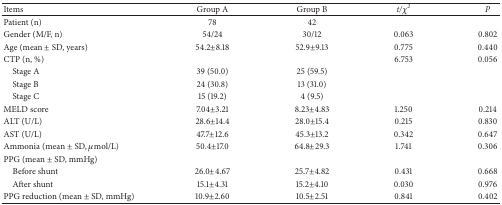
<table><thead><tr><td><b>Items</b></td><td><b>Group A</b></td><td><b>Group B</b></td><td><b><i>t/χ</i><sup><i>2</i></sup></b></td><td><b><i>P</i></b></td></tr></thead><tbody><tr><td>Patient (n)</td><td>78</td><td>42</td><td> </td><td> </td></tr><tr><td>Gender (M/F, n)</td><td>54/24</td><td>30/12</td><td>0.063</td><td>0.802</td></tr><tr><td>Age (mean ± SD, years)</td><td>54.2±8.18</td><td>52.9±9.13</td><td>0.775</td><td>0.440</td></tr><tr><td>CTP (n, %)</td><td> </td><td> </td><td>6.753</td><td>0.056</td></tr><tr><td> Stage A</td><td>39 (50.0)</td><td>25 (59.5)</td><td> </td><td> </td></tr><tr><td> Stage B</td><td>24 (30.8)</td><td>13 (31.0)</td><td> </td><td> </td></tr><tr><td> Stage C</td><td>15 (19.2)</td><td>4 (9.5)</td><td> </td><td> </td></tr><tr><td>MELD score</td><td>7.04±3.21</td><td>8.23±4.83</td><td>1.250</td><td>0.214</td></tr><tr><td>ALT (U/L)</td><td>28.6±14.4</td><td>28.0±15.4</td><td>0.215</td><td>0.830</td></tr><tr><td>AST (U/L)</td><td>47.7±12.6</td><td>45.3±13.2</td><td>0.342</td><td>0.647</td></tr><tr><td>Ammonia (mean ± SD, <i>μ</i>mol/L)</td><td>50.4±17.0</td><td>64.8±29.3</td><td>1.741</td><td>0.306</td></tr><tr><td>PPG (mean ± SD, mmHg)</td><td> </td><td> </td><td> </td><td> </td></tr><tr><td> Before shunt</td><td>26.0±4.67</td><td>25.7±4.82</td><td>0.431</td><td>0.668</td></tr><tr><td> After shunt</td><td>15.1±4.31</td><td>15.2±4.10</td><td>0.030</td><td>0.976</td></tr><tr><td>PPG reduction (mean ± SD, mmHg)</td><td>10.9±2.60</td><td>10.5±2.51</td><td>0.841</td><td>0.402</td></tr></tbody></table>